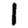
Digit: 1